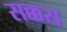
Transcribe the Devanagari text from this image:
सक्कस